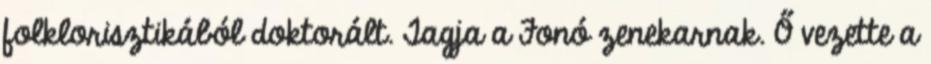
folklorisztikából doktorált. Tagja a Fonó zenekarnak. Ő vezette a